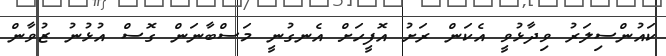
ކައުންސިލަރު ވިދާޅުވީ އެކަން ރަށު އޮފީހަށް އެނގުނީ މަސްބާނަން ގޮސް އުޅުނު ޒުވާން